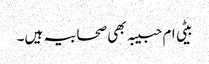
بیٹی ام حبیبہ بھی صحابیہ ہیں۔